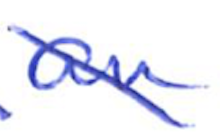
Text: an
Cross-out: diagonal
Writing tool: ballpoint